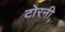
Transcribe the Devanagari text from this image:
टोरनी